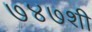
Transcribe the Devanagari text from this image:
७४७शी